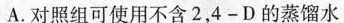
A.对照组可使用不含2，4-D的蒸馏水